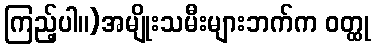
ကြည့်ပါ။)အမျိုးသမီးများဘက်က ဝတ္ထု